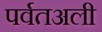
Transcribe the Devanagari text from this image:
पर्वतअली